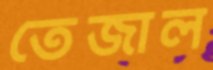
তেজাল